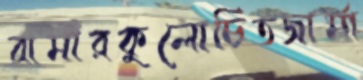
রামীরকুলোচিতজার্মা